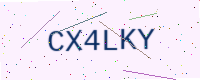
Text: CX4LKY